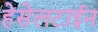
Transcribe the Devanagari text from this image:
हेसेलटाईन